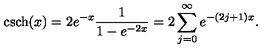
\mathrm { c s c h } ( x ) = 2 e ^ { - x } \frac { 1 } { 1 - e ^ { - 2 x } } = 2 \sum _ { j = 0 } ^ { \infty } e ^ { - ( 2 j + 1 ) x } .